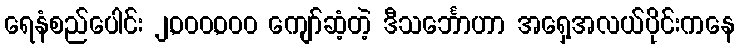
ရေနံစည်ပေါင်း ၂,၀၀၀,၀၀၀ ကျော်ဆံ့တဲ့ ဒီသင်္ဘောဟာ အရှေ့အလယ်ပိုင်းကနေ